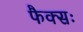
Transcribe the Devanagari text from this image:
फैक्सः